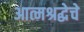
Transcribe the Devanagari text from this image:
आत्मश्रद्धेचे